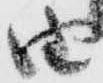
由